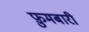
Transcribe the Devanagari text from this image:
फ़ुमबारी